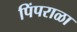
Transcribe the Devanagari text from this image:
पिंपराळा